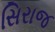
સિરાજ